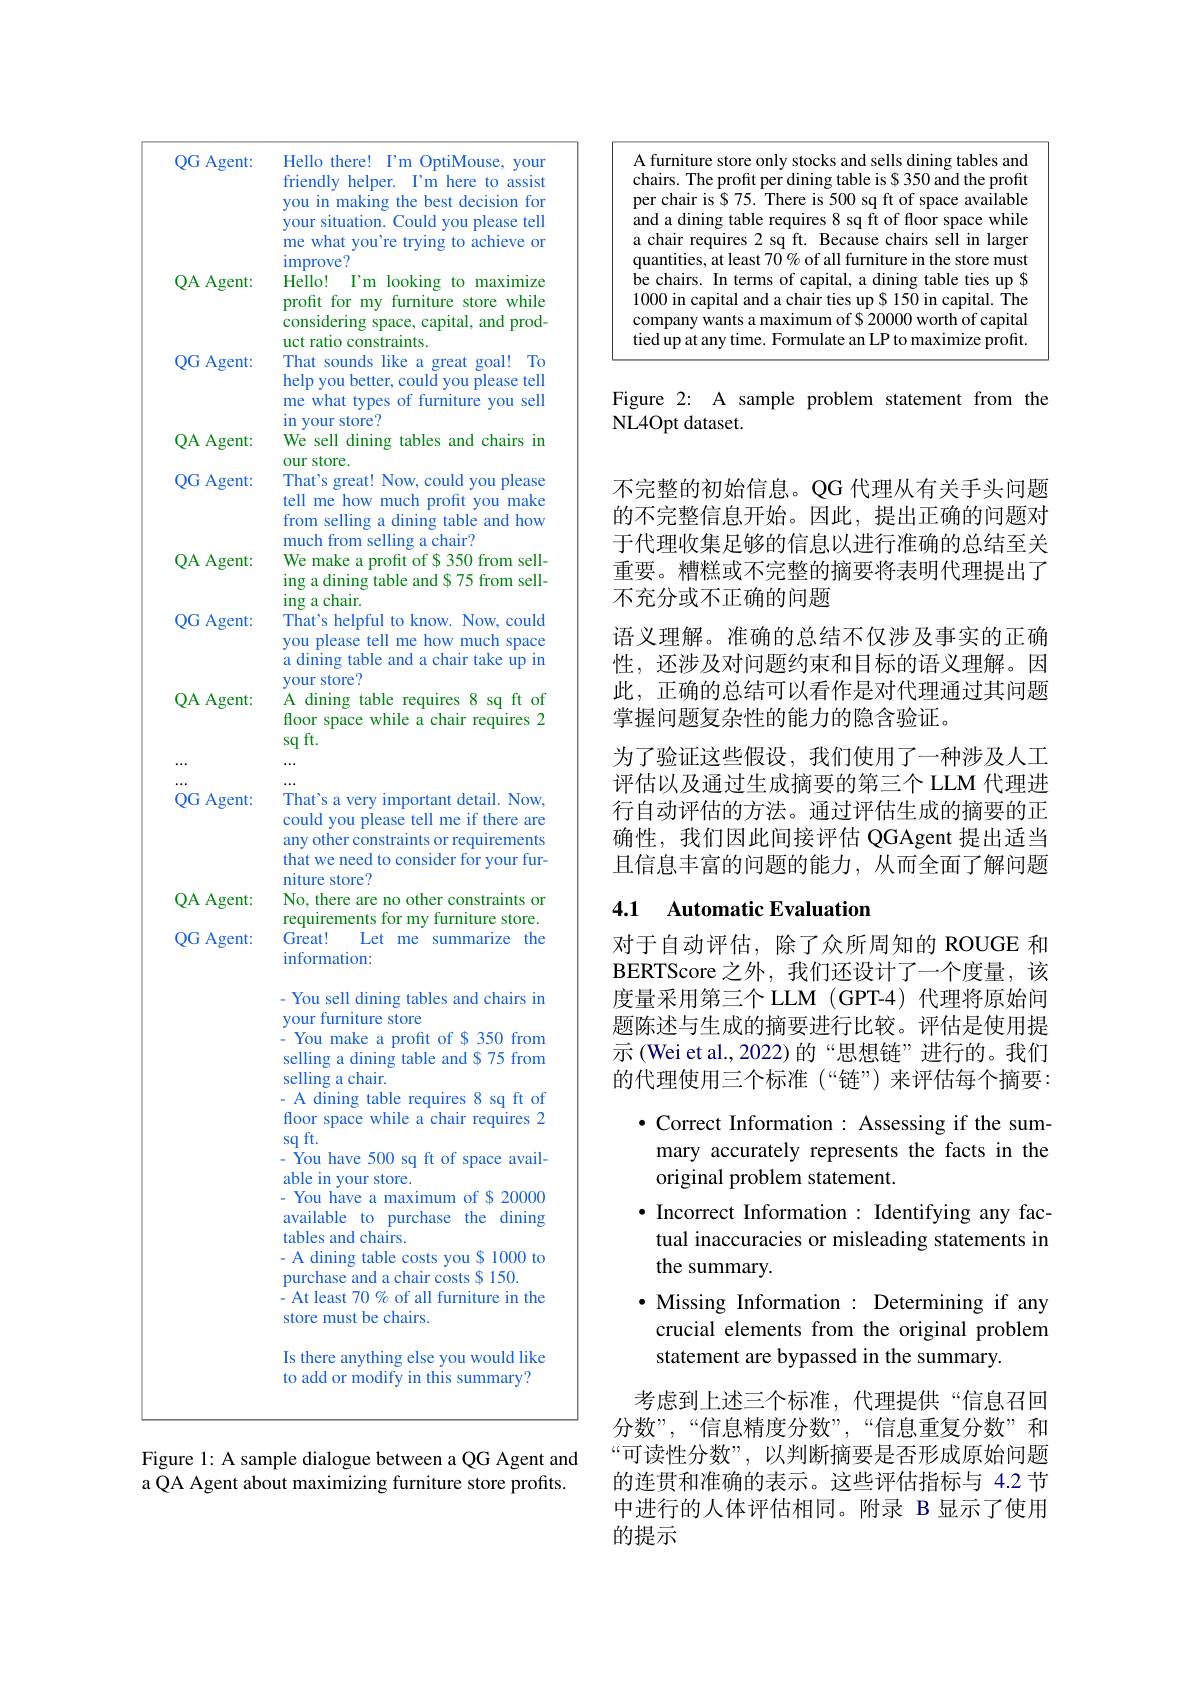
<table>
	<tbody>
		<tr>
			<td>QG Agent:</td>
			<td>Hello there! I'm OptiMouse, your friendly $y$ helper. I'm here to assist you in making g the best decision for your situation. C Could you please tell me what you're trying to achieve or</td>
		</tr>
		<tr>
			<td>QA Agent:</td>
			<td>improve'? Hello! $I'm$ looking to maximize profit for my furniture e store while considering space, capital, and prod-</td>
		</tr>
		<tr>
			<td>QG Agent:</td>
			<td>uct ratio constraints. That sounds like a great goal! To help you better, could you please tell me what types of furniture you sell</td>
		</tr>
		<tr>
			<td>QA Agent:</td>
			<td>yuul st We sell o dining tables and chairs in our store</td>
		</tr>
		<tr>
			<td>QG Agent:</td>
			<td>That's great! Now, could you please tell me how much profit you make from selling a com dining table and how $11r$</td>
		</tr>
		<tr>
			<td>QA Agent:</td>
			<td>We make a profit of $350 from sell- ing a dining table and $ 75 from sell- ing a chair.</td>
		</tr>
		<tr>
			<td>QG Agent:</td>
			<td>That's helpful to know. Now, could you please tell me how much space a dining table and a chair take up in VOur store?</td>
		</tr>
		<tr>
			<td>QA Agent:</td>
			<td>A dınıng table $\varepsilon$ requres 8 Sq ft of floor space while a chair requires sq ft.</td>
		</tr>
		<tr>
			<td>$QG$ $i$ Agent:</td>
			<td>That's a very important detail. Now, could you please tell me if there are any other constraints or requirements that we need to consider for your fur-</td>
		</tr>
		<tr>
			<td>QG Agent:</td>
			<td>That's a very important detail. Now, could you please tell me if there are any other constraints or requirements that we need to consider for your fur-</td>
		</tr>
		<tr>
			<td>rent</td>
			<td>IIULLI lcl lol you niture store? ther rnin</td>
		</tr>
		<tr>
			<td>QA Agent:</td>
			<td>No, there are no other constraints or requirements for my furniture store.</td>
		</tr>
		<tr>
			<td rowspan="1">QG Agent:</td>
			<td>Is there anything else you would like to add or modify in this summary?</td>
		</tr>
	</tbody>
</table>

Figure 1: A sample dialogue between a QG Agent and a QA Agent about maximizing furniture store profits.

<FigureHere>

Figure 2: A sample problem statement from the
NL4Opt dataset.

不完整的初始信息。QG 代理从有关手头问题的不完整信息开始。因此，提出正确的问题对于代理收集足够的信息以进行准确的总结至关重要。糟糕或不完整的摘要将表明代理提出了不充分或不正确的问题
语义理解。准确的总结不仅涉及事实的正确性，还涉及对问题约束和目标的语义理解。因此，正确的总结可以看作是对代理通过其问题掌握问题复杂性的能力的隐含验证。
为了验证这些假设，我们使用了一种涉及人工评估以及通过生成摘要的第三个 LLM 代理进行自动评估的方法。通过评估生成的摘要的正确性，我们因此间接评估 QGAgent 提出适当且信息丰富的问题的能力，从而全面了解问题

## 4.1 Automatic Evaluation

对于自动评估，除了众所周知的 ROUGE 和BERTScore 之外，我们还设计了一个度量，该度量采用第三个 LLM (GPT-4) 代理将原始问题陈述与生成的摘要进行比较。评估是使用提示 (Wei et al.,2022)的“思想链”进行的。我们的代理使用三个标准(“链”)来评估每个摘要：
$\bullet$ Correct Information: Assessing if the summary accurately represents the facts in the original problem statement.
$\bullet$ Incorrect Information : Identifying any factual inaccuracies or misleading statements in the summary.
·Missing Information : Determining if any
crucial elements from the original problem
statement are bypassed in the summary.
考虑到上述三个标准，代理提供“信息召回分数”,“信息精度分数”,“信息重复分数”和

“可读性分数”,以判断摘要是否形成原始问题的连贯和准确的表示。这些评估指标与 4.2 节中进行的人体评估相同。附录 B 显示了使用的提示